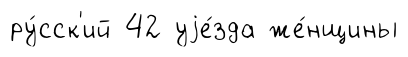
ру́сск'ий 42 уjе́зда же́нщины